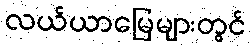
လယ်ယာမြေများတွင်